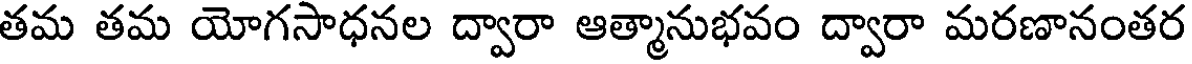
తమ తమ యోగసాధనల ద్వారా ఆత్మానుభవం ద్వారా మరణానంతర